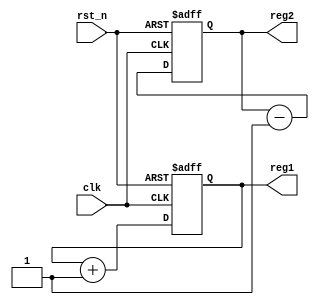
module ParameterInit #(parameter INIT_VALUE1 = 8'h00,  // Default initialization value for reg1
                       parameter INIT_VALUE2 = 8'hFF   // Default initialization value for reg2
                      ) (
    input wire clk,                // Clock input
    input wire rst_n,              // Active low reset
    output reg [7:0] reg1,         // Internal state variable 1
    output reg [7:0] reg2          // Internal state variable 2
);

    // Initialization block
    initial begin
        reg1 = INIT_VALUE1;         // Initialize reg1 with parameter value
        reg2 = INIT_VALUE2;         // Initialize reg2 with parameter value
    end

    // Behavioral logic
    always @(posedge clk or negedge rst_n) begin
        if (!rst_n) begin
            reg1 <= INIT_VALUE1;     // Reset reg1 to initial value
            reg2 <= INIT_VALUE2;     // Reset reg2 to initial value
        end else begin
            // Example behavioral logic: Increment reg1 and reg2
            reg1 <= reg1 + 1;
            reg2 <= reg2 - 1;
        end
    end

endmodule